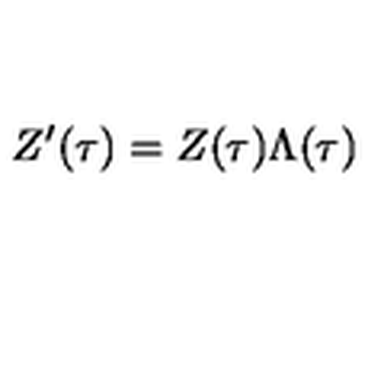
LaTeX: Z ^ { \prime } ( \tau ) = Z ( \tau ) \Lambda ( \tau )